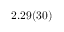
2 . 2 9 ( 3 0 )